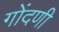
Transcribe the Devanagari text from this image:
गोंदणी